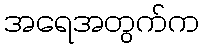
အရေအတွက်က